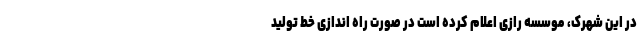
در این شهرک، موسسه رازی اعلام کرده است در صورت راه اندازی خط تولید